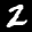
Label: 2